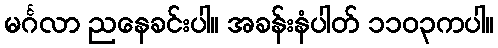
မင်္ဂလာ ညနေခင်းပါ။ အခန်းနံပါတ် ၁၁၀၃ကပါ။